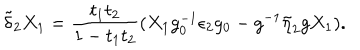
LaTeX: \tilde { \delta } _ { 2 } X _ { 1 } = { \frac { t _ { 1 } t _ { 2 } } { 1 - t _ { 1 } t _ { 2 } } } ( X _ { 1 } g _ { 0 } ^ { - 1 } \epsilon _ { 2 } g _ { 0 } - g ^ { - 1 } \tilde { \eta } _ { 2 } g X _ { 1 } ) .